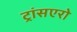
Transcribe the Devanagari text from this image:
ट्रांसएरो